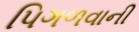
પિગળવાની